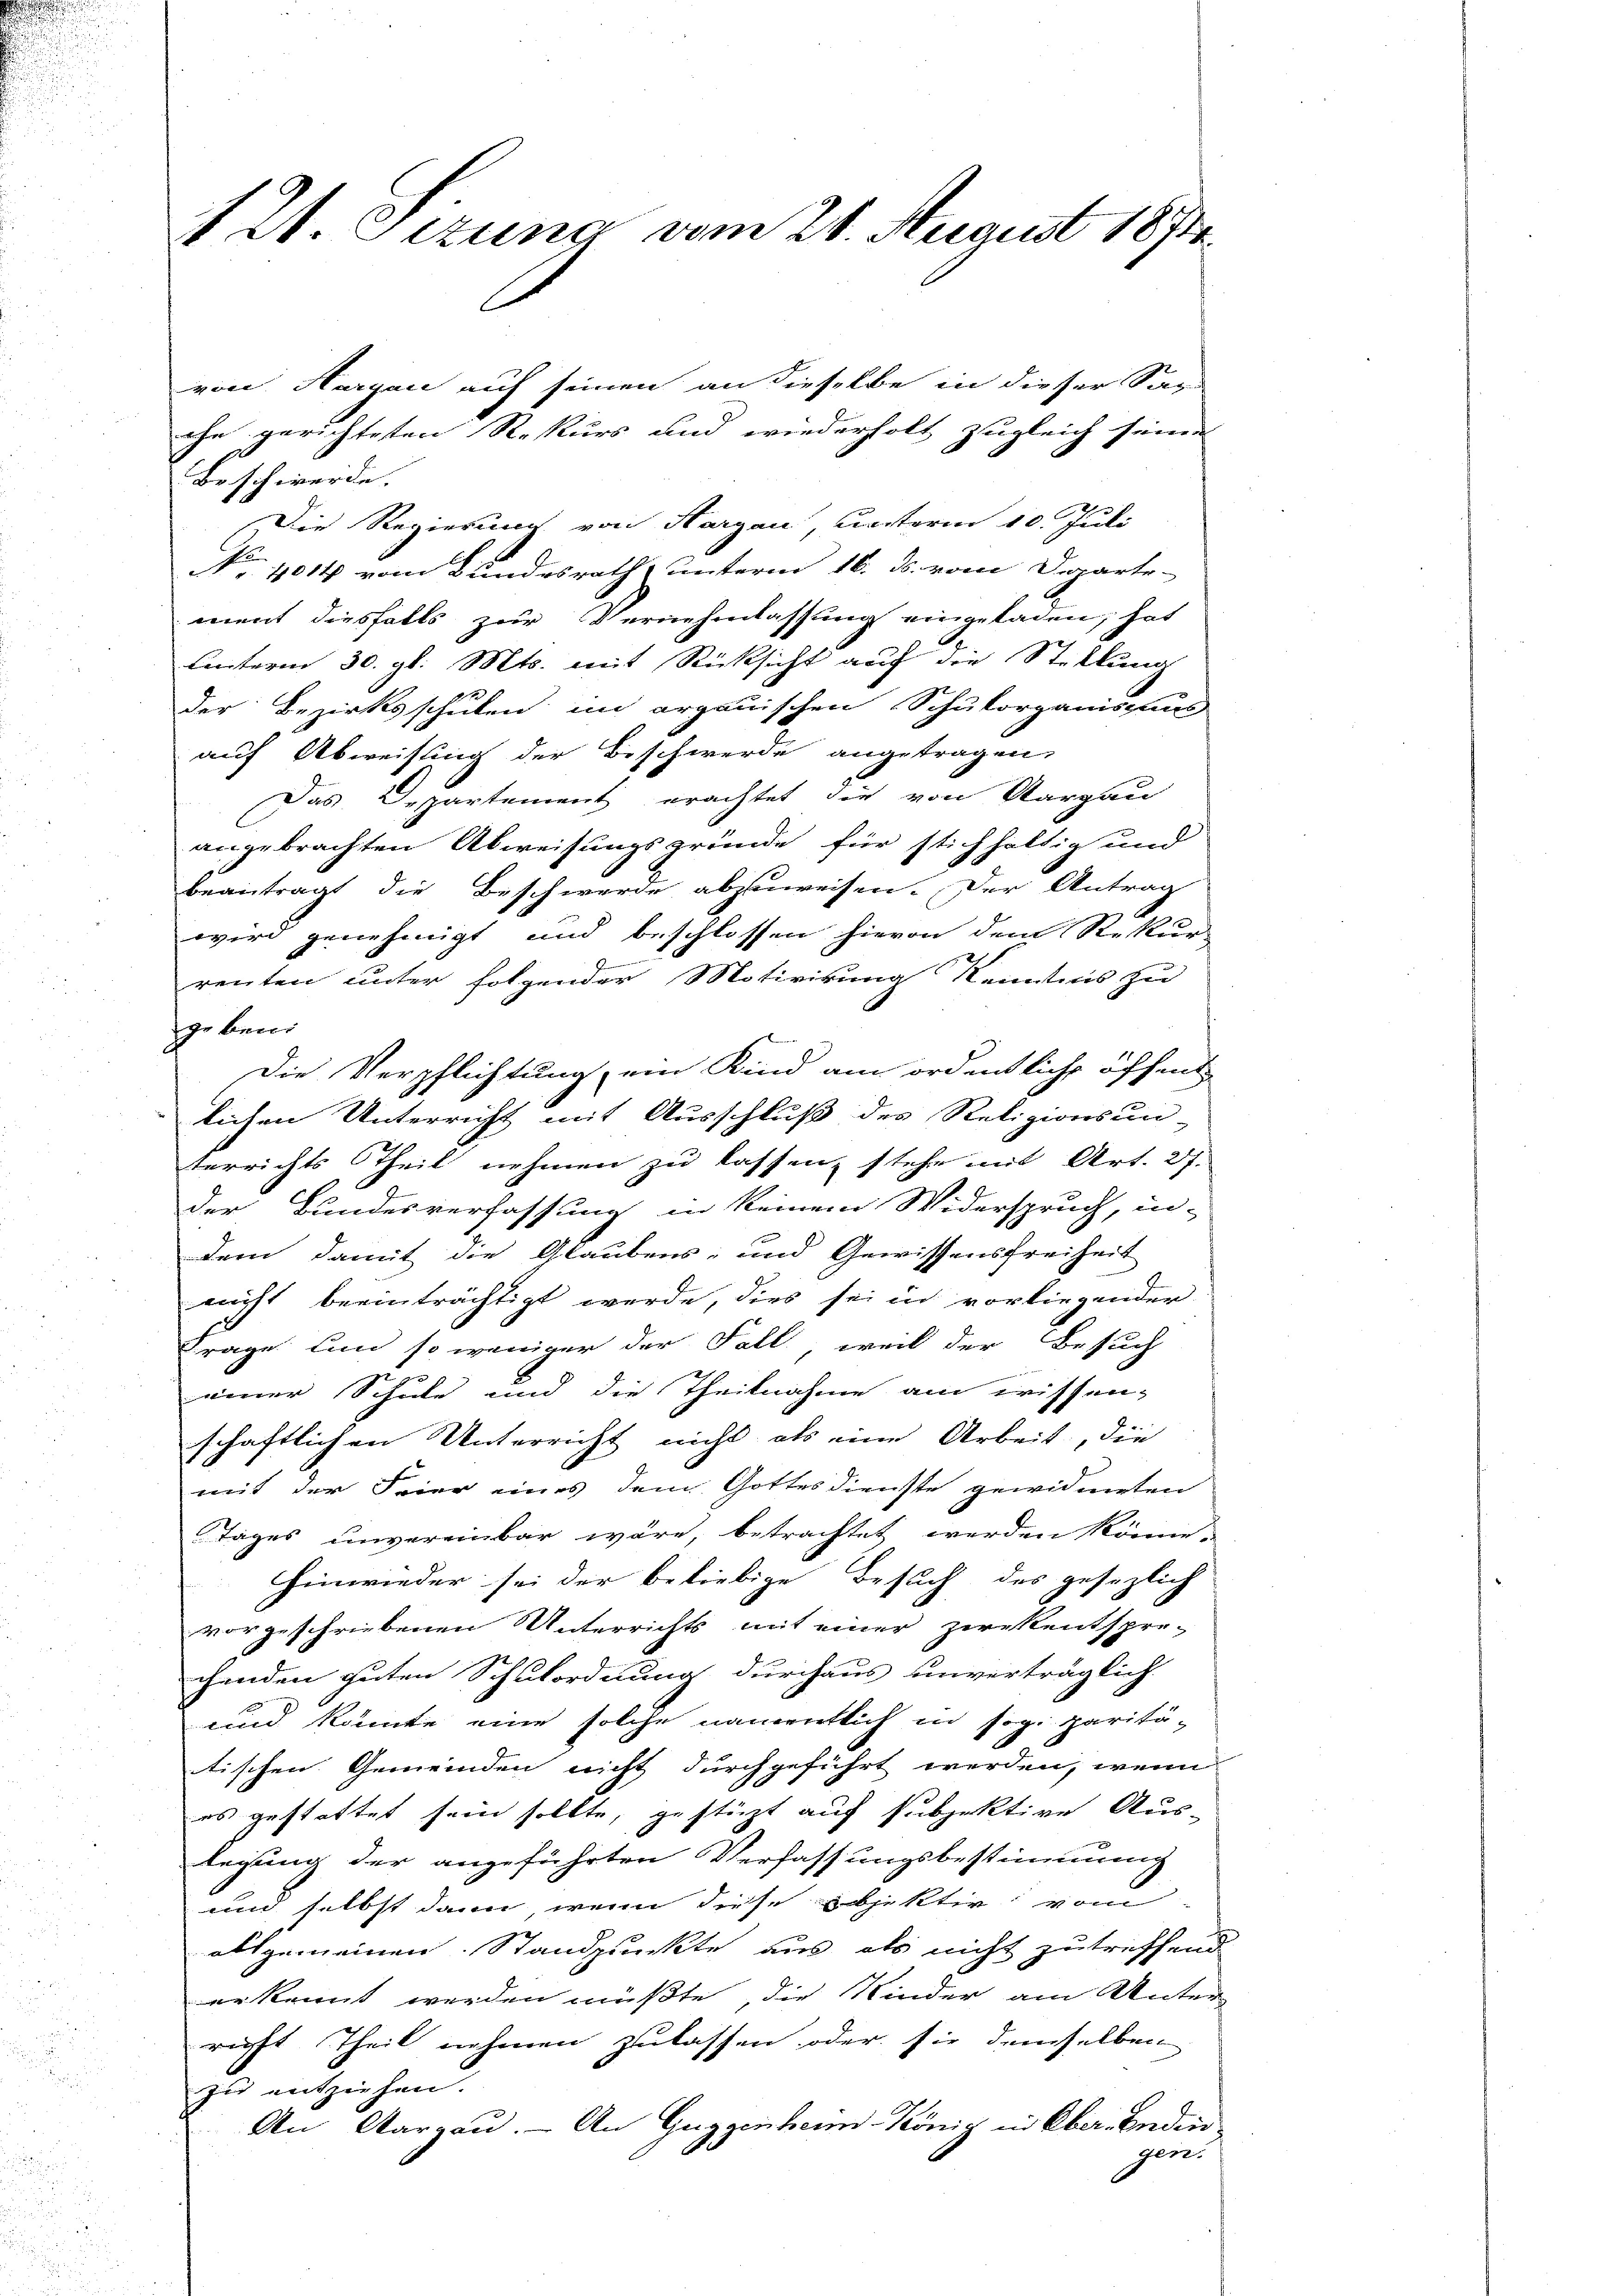
21. Sezung vom 21. August 1874.

Beschwerde.
geben.
und selbst dann, wenn diese Objekter vom
allgemeinen. Standpunkte aus als nicht zutreffend
erkennt werden müßte, die Kinder am Unterricht Theil nehmen zulassen oder sie demselben
zu entziehen.
An Aargau. - An Guggenheim König in Ober- Enden
gen.

von Aargau auf seinen an dieselbe in dieser Sac
che gerichteten Rekurs und wiederholt zugleich seine
No 1014 vom Bundesrath unterm 16. ds. vom Departe-
ment diesfalls zur Vernehmlassung eingeladen, hat
unterm 30. gl. Mts. mit Rücksicht auch die Stellung
der Bezirksschulen im argauischen Schulorganiscens
auf Abweisung der Beschwerde angetragen,
Das Departement erachtet die von Aargau
angebrachten Abweisungsgründe für stichhaltig und
beantragt die Beschwerde abzuweisen. Der Antrag
wird genehmigt und beschlossen hievon dem Rekur
renten unter folgender Motivirung Kenntnis zu
Die Verpflichtung, ein Kind am ordentliche öffend
lichen Unterricht mit Ausschluß des Religionsun-
terrichts Theil nehmen zu lassen, stehe mit Art. 27.
der Bundesverfassung in keinem Widerspruch, in-
dem damit die Glaubens- und Gewissensfreiheit
nicht beeinträchtigt werde, dies sei in vorliegender
Frage. Und so weniger der Fall, weil der Besuch
einer Schule und die Theilnahme am wissen-
schaftlichen Unterricht nicht als eine Arbeit, die
mit der Feier eines dem Gottesdienste gewidmeten
Tages unvereinbar wäre, betrachtet werden könne.
hinwieder sei der beliebige Besuch des gesezlich
vorgeschriebenen Unterrichts mit einer zwekentspre-
chenden guten Schulordnung durchaus unverträglich
und könnte eine solche namentlich in sog. paritä-
tischen Gemeinden nicht durchgeführt werden, wenn
es gestattet sein sollte, gestüzt auf subjektive Aus-
legung der angeführten Verfassungsbestimmung

Die Regierung von Aargau, unterm 10. Juli